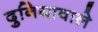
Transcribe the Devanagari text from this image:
दुनियावाले